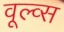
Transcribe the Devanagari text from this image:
वूल्व्स